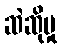
ဆဲဆိုမှု